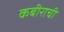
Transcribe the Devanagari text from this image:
कबीराची